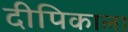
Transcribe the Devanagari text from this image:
दीपिकाला